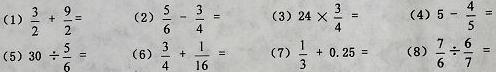
(1) $\frac{3}{2}+\frac{9}{2}=$
(2) $\frac{5}{6}-\frac{3}{4}=$
(3) $24\times\frac{3}{4}=$
(4) $5-\frac{4}{5}=$
(5) $30\div\frac{5}{6}=$
(6) $\frac{3}{4}+\frac{1}{16}=$
(7) $\frac{1}{3}+0.25=$
(8) $\frac{7}{6}\div\frac{6}{7}=$